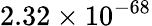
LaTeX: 2.32\times 10^{-68}